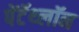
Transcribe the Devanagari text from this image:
पेंटॅथ्लॉन